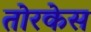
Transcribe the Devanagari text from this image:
तोरकेस